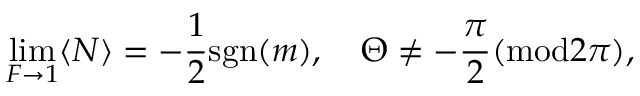
\operatorname * { l i m } _ { F \to 1 } \langle N \rangle = - { \frac { 1 } { 2 } } \mathrm { s g n } ( m ) , \quad \Theta \neq - \frac { \pi } { 2 } ( \mathrm { m o d } 2 \pi ) ,